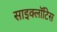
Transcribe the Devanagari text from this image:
साइक्लॉटिस